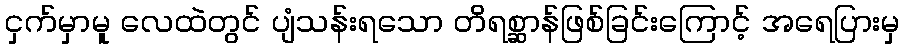
ငှက်မှာမူ လေထဲတွင် ပျံသန်းရသော တိရစ္ဆာန်ဖြစ်ခြင်းကြောင့် အရေပြားမှ